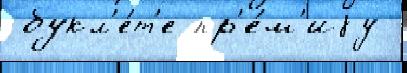
 букл'е́т'е пр'е́м'иjу